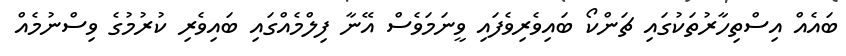
ބައެއް އިސްތިހާރުތަކުގައި ޗަންކޯ ބައިވެރިވެފައި ވީނަމަވެސް އޭނާ ފިލްމެއްގައި ބައިވެރި ކުރުމުގެ ވިސްނުމެއް